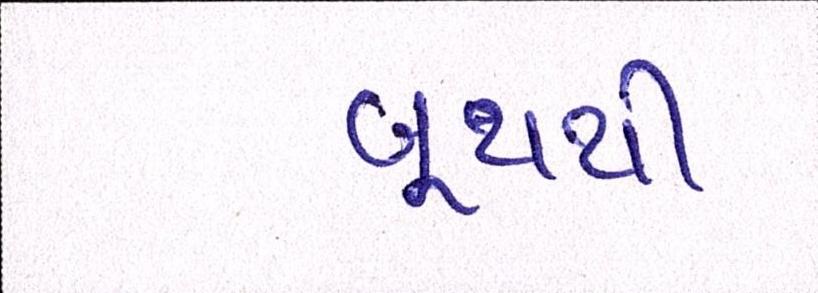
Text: બુથથી